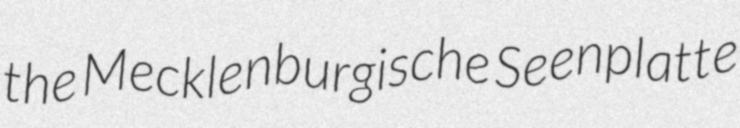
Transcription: the Mecklenburgische Seenplatte